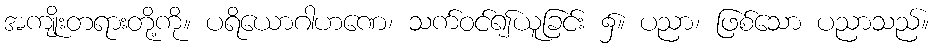
အကျိုးတရားတို့ကို။ ပရိယောဂါဟဏေ၊ သက်ဝင်၍ယူခြင်း ၌။ ပညာ၊ ဖြစ်သော ပညာသည်။